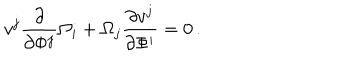
v ^ { j } \frac { \partial } { \partial \Phi ^ { j } } \Omega _ { i } + \Omega _ { j } \frac { \partial v ^ { j } } { \partial \Phi ^ { i } } = 0 \, .